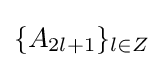
\{A_{2l+1}\}_{l\in Z}